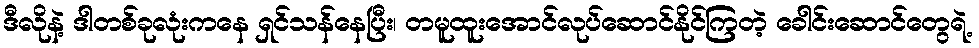
ဒီလိုနဲ့ ဒါတစ်ခုလုံးကနေ ရှင်သန်နေပြီး၊ တမူထူးအောင်လုပ်ဆောင်နိုင်ကြတဲ့ ခေါင်းဆောင်တွေရဲ့